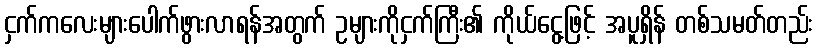
ငှက်ကလေးများပေါက်ဖွားလာရန်အတွက် ဥများကိုငှက်ကြီး၏ ကိုယ်ငွေ့ဖြင့် အပူရှိန် တစ်သမတ်တည်း